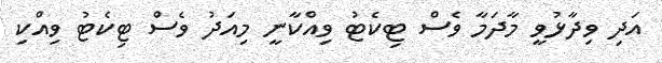
އަދި ވިދާޅުވީ މާދަމާ ވެސް ޓިކެޓު ވިއްކާނީ މިއަދު ވެސް ޓިކެޓު ވިއްކި